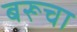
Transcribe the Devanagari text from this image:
बरूचा